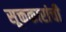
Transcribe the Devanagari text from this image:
सूक्तकारांची